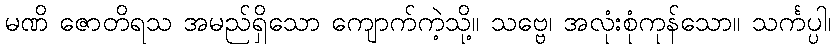
မဏိ ဇောတိရသ အမည်ရှိသော ကျောက်ကဲ့သို့။ သဗ္ဗေ၊ အလုံးစုံကုန်သော။ သင်္ကပ္ပါ၊